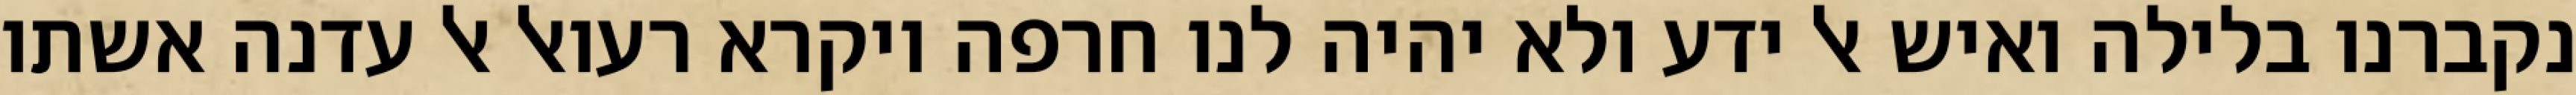
נקברנו בלילה ואיש אל ידע ולא יהיה לנו חרפה ויקרא רעואל אל עדנה אשתו